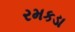
રમકડા